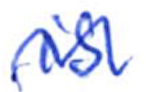
Text: is
Cross-out: wave
Writing tool: ballpoint